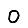
Digit: 0